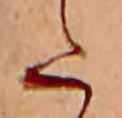
た